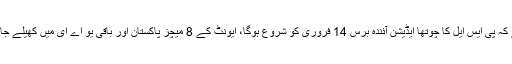
یاد رہے کہ پی ایس ایل کا چوتھا ایڈیشن آئندہ برس 14 فروری کو شروع ہوگا، ایونٹ کے 8 میچز پاکستان اور باقی یو اے ای میں کھیلے جائیں گے۔